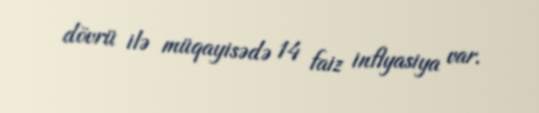
dövrü ilə müqayisədə 14 faiz inflyasiya var.